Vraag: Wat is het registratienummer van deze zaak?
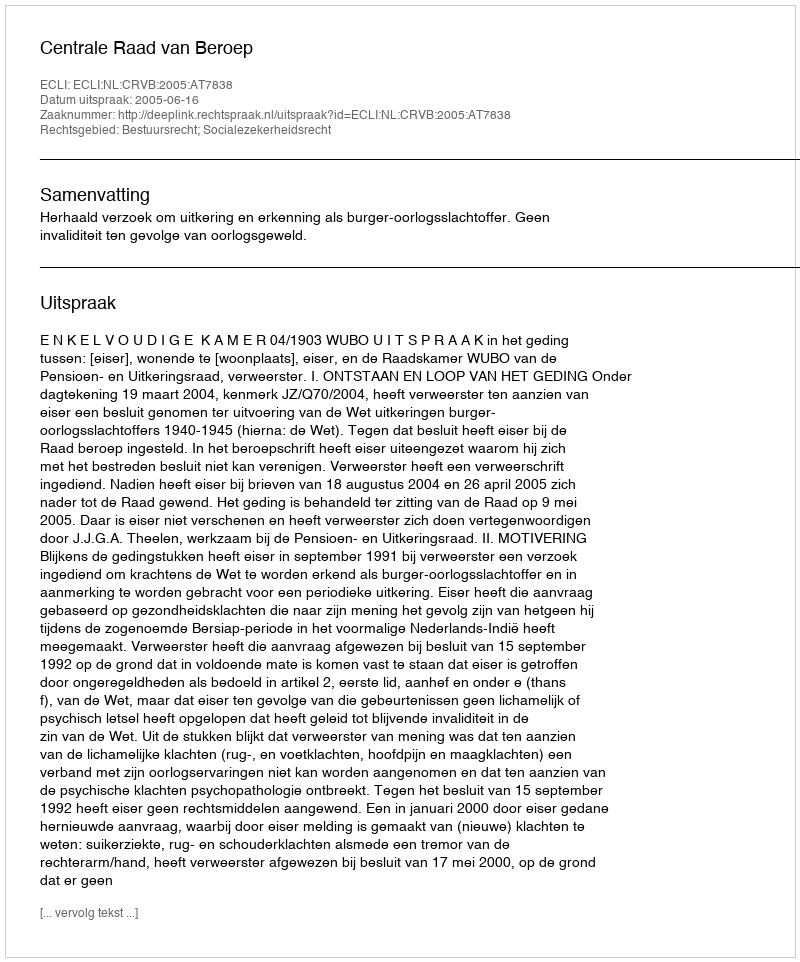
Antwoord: http://deeplink.rechtspraak.nl/uitspraak?id=ECLI:NL:CRVB:2005:AT7838